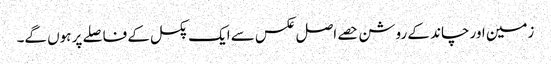
زمین اور چاند کے روشن حصے اصل عکس سے ایک پکسل کے فاصلے پر ہوں گے۔